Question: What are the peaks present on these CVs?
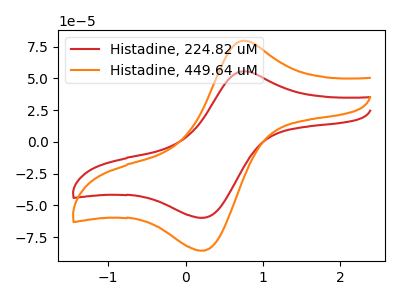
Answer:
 <answer>The red curve "Histadine, 224.82 uM" has an anodic peak at (0.75V, 55.55uA) and a cathodic peak at (0.20V, -59.65uA). The orange curve "Histadine, 449.64 uM" has an anodic peak at (0.75V, 79.60uA) and a cathodic peak at (0.20V, -85.45uA).</answer>
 <eval></eval>